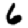
Digit: 6